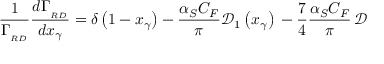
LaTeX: \frac { 1 } { \Gamma _ { _ { R D } } } \frac { d \Gamma _ { _ { R D } } } { d x _ { \gamma } } = \delta \left( 1 - x _ { \gamma } \right) - \frac { \alpha _ { S } C _ { F } } { \pi } \mathcal { D } _ { 1 } \left( x _ { \gamma } \right) \, - \frac { 7 } { 4 } \frac { \alpha _ { S } C _ { F } } { \pi } \, \mathcal { D }